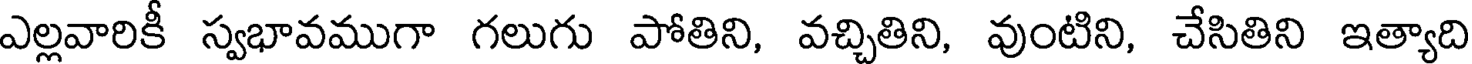
ఎల్లవారికీ స్వభావముగా గలుగు పోతిని, వచ్చితిని, వుంటిని, చేసితిని ఇత్యాది